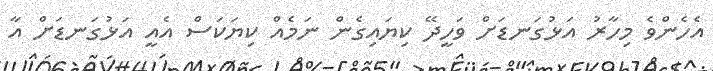
އެހެންވެ މިހާރު އަޅުގަނޑަށް ވަހީދޭ ކިޔައިގެން ނަމެއް ކިޔަކަސް އެއީ އަޅުގަނޑަށް އާ